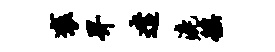
褒畀遣漉徭